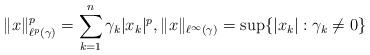
LaTeX: \begin{align*}\|x\|_{\ell^p(\gamma)}^p =\sum_{k=1}^n \gamma_k |x_k|^p, \|x\|_{\ell^\infty(\gamma)} = \sup\{|x_k| : \gamma_k\ne 0\}\end{align*}